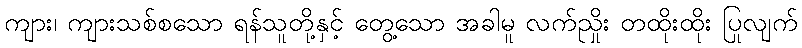
ကျား၊ ကျားသစ်စသော ရန်သူတို့နှင့် တွေ့သော အခါမူ လက်ညှိုး တထိုးထိုး ပြုလျက်